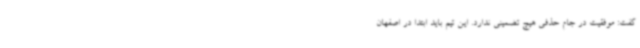
گفت: موفقیت در جام حذفی هیچ تضمینی ندارد. این تیم باید ابتدا در اصفهان